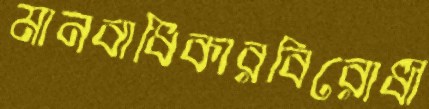
মানবাধিকারবিরোধী